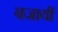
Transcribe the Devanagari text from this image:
बजायीं